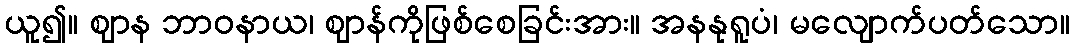
ယူ၍။ ဈာန ဘာဝနာယ၊ ဈာန်ကိုဖြစ်စေခြင်းအား။ အနနုရူပံ၊ မလျောက်ပတ်သော။